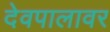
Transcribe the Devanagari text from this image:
देवपालावर